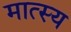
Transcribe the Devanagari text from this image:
मात्स्य